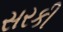
સરકી